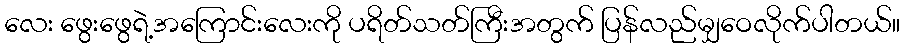
လေး ဖွေးဖွေရဲ့အကြောင်းလေးကို ပရိတ်သတ်ကြီးအတွက် ပြန်လည်မျှဝေလိုက်ပါတယ်။